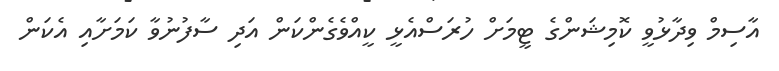
އާސިމް ވިދާޅުވީ ކޮމިޝަންގެ ޓީމަށް ހުރަސްއެޅީ ކީއްވެގެންކަން އަދި ސާފުނުވާ ކަމަށާއި އެކަން